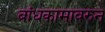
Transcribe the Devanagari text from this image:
बांधकामावरुन